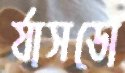
র‍্যাসডো